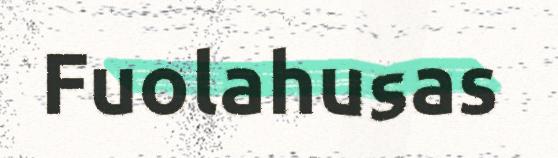
Fuolahusas